system: You are a helpful assistant.
user:
Analyze the provided spectrum to determine if it is a **"Cataclysmic Variables (CV)"**.

- **Key Indicators for CV (Check for either state):**
    - **State 1: Quiescent / Low-State (Emission-Dominated)**
        - **(Primary):** Strong and *very broad* Hydrogen Balmer emission lines (e.g., $H\alpha$ at 6563 Å, $H\beta$ at 4861 Å). The 'broadness' (high velocity dispersion, often FWHM > 1000 km/s) is the key diagnostic, indicating a high-velocity accretion disk.
        - **(Secondary):** Broad neutral Helium (He I) emission lines (e.g., 5876 Å, 6678 Å).
        - **(Key Confirmation):** Presence of high-excitation *ionized* Helium (He II) emission at 4686 Å. This is a strong indicator of accretion onto a white dwarf.
        - **(Line Profile):** Emission lines may exhibit a 'double-peaked' profile, which is a classic signature of a rotating accretion disk viewed at high inclination.

    - **State 2: Outburst / High-State (Absorption-Dominated)**
        - **(Primary):** Spectrum is dominated by a bright, blue continuum (looks like a hot star).
        - **(Secondary):** The emission lines from State 1 are weak, absent, or 'filled in', and are replaced by broad, shallow *absorption* lines (primarily Balmer and He I).
        - **(Morphology):** The overall spectrum mimics a hot B/A-type star. The crucial difference is that the absorption lines are significantly broader, shallower, and more 'washed-out' (or 'smeared') than the sharp lines of a normal stellar photosphere, due to high rotational speeds and pressure broadening in the disk.

Think first, call **spectral_visualization_tool** if needed to examine features in detail, then provide your final answer. Your response must adhere to the following strict rules:
1.  **Overall Structure:** Your response must follow the format `<think>...</think> <tool_call>...</tool_call> (if a tool is used) <answer>...</answer>`.
2.  **Tool Usage Constraint:** You may only make **one** tool call per turn.
3.  **Final Answer Format:** In the `<answer>` tag, your conclusion must be inside a `\boxed{}` command (e.g., `\boxed{YES}`), followed by your justification.

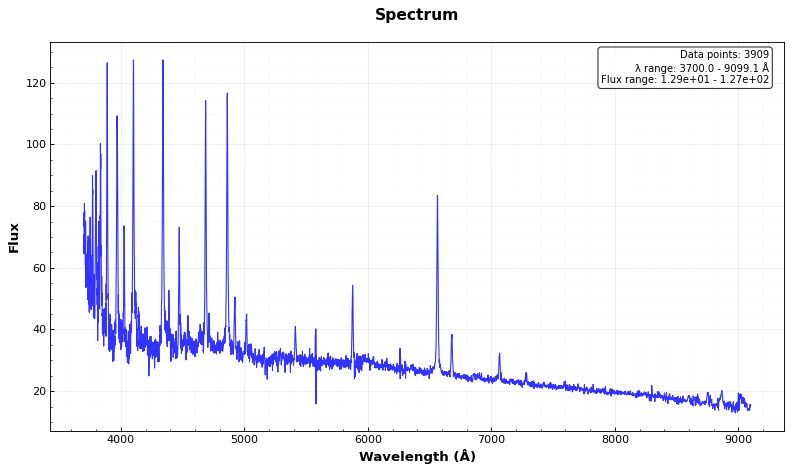
Answer: YES